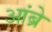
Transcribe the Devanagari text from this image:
आंब्रे